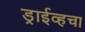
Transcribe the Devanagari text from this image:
ड्राईव्हचा